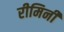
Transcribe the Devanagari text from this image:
रीमिनी